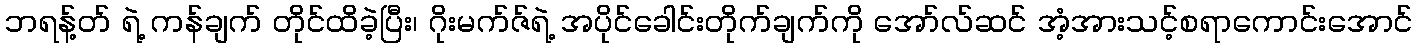
ဘရန့်တ် ရဲ့ ကန်ချက် တိုင်ထိခဲ့ပြီး၊ ဂိုးမက်ဇ်ရဲ့ အပိုင်ခေါင်းတိုက်ချက်ကို အော်လ်ဆင် အံ့အားသင့်စရာကောင်းအောင်